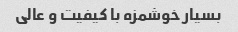
بسیار خوشمزه با کیفیت و عالی